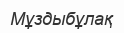
Мұздыбұлақ